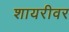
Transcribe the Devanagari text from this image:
शायरीवर